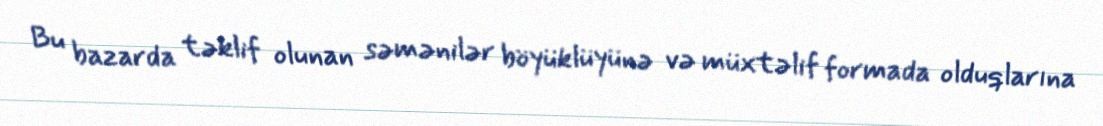
Bu bazarda təklif olunan səmənilər böyüklüyünə və müxtəlif formada olduqlarına